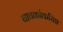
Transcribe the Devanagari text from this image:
वाचकांकरिता